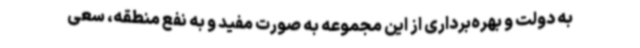
به دولت و بهره‌برداری از این مجموعه به صورت مفید و به نفع منطقه، سعی